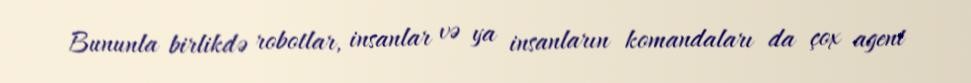
Bununla birlikdə robotlar, insanlar və ya insanların komandaları da çox agent